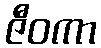
ဇီဝကာ